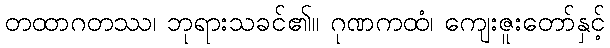
တထာဂတဿ၊ ဘုရားသခင်၏။ ဂုဏကထံ၊ ကျေးဇူးတော်နှင့်